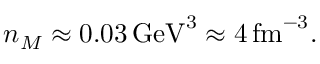
n _ { M } \approx 0 . 0 3 \, \mathrm { G e V } ^ { 3 } \approx 4 \, \mathrm { f m } ^ { - 3 } .